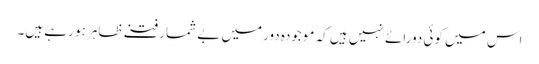
اس میں کوئی دورائے نہیں ہیں کہ موجودہ دورمیں بے شمار فتنے ظاہر ہو رہے ہیں۔